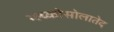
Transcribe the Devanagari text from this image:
ग्ल्य्कोसोलातेद